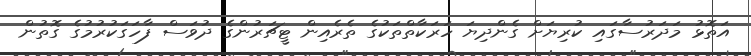
އަތޮޅު މަދަރުސާގައި ކުރިޔަށް ގެންދިޔަ ހަރަކާތްތަކުގެ ތެރެއިން ޓީޗަރުންގެ ދުވަސް ފާހަގަކުރުމުގެ ގޮތުން